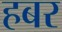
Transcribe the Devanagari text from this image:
हबर